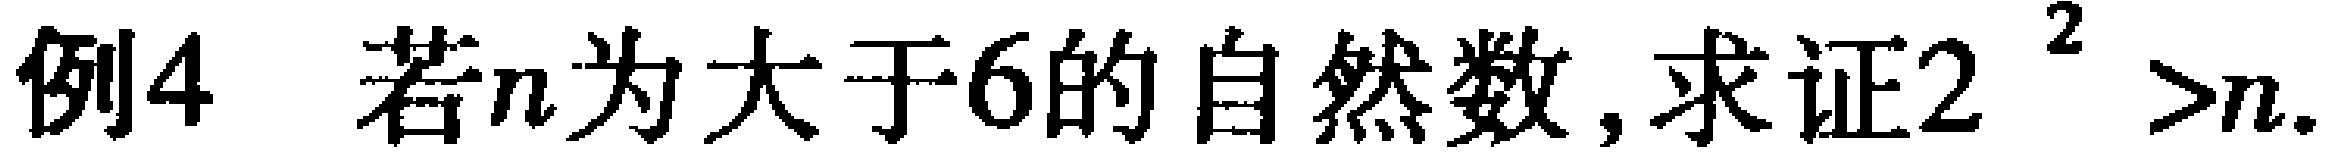
例4 若\(n\)为大于6的自然数, 求证\(2^{2^{2}}>n\).